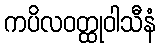
ကပိလဝတ္ထုဝါသီနံ